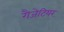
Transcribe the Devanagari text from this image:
गैजेटियर